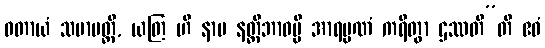
ဝတာယံ သမာပတ္တိ, ယတြ ဟိ နာမ နတ္ထိဘာဝမ္ပိ အာရမ္မဏံ ကရိတွာ ဌဿတီ”တိ ဧဝံ